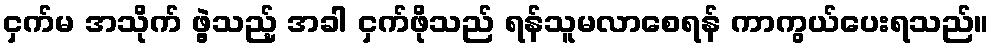
ငှက်မ အသိုက် ဖွဲ့သည့် အခါ ငှက်ဖိုသည် ရန်သူမလာစေရန် ကာကွယ်ပေးရသည်။